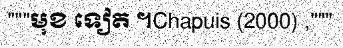
"""មុខ ទៀត ។Chapuis (2000) ,"""